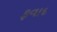
ફવાદ